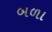
બળા